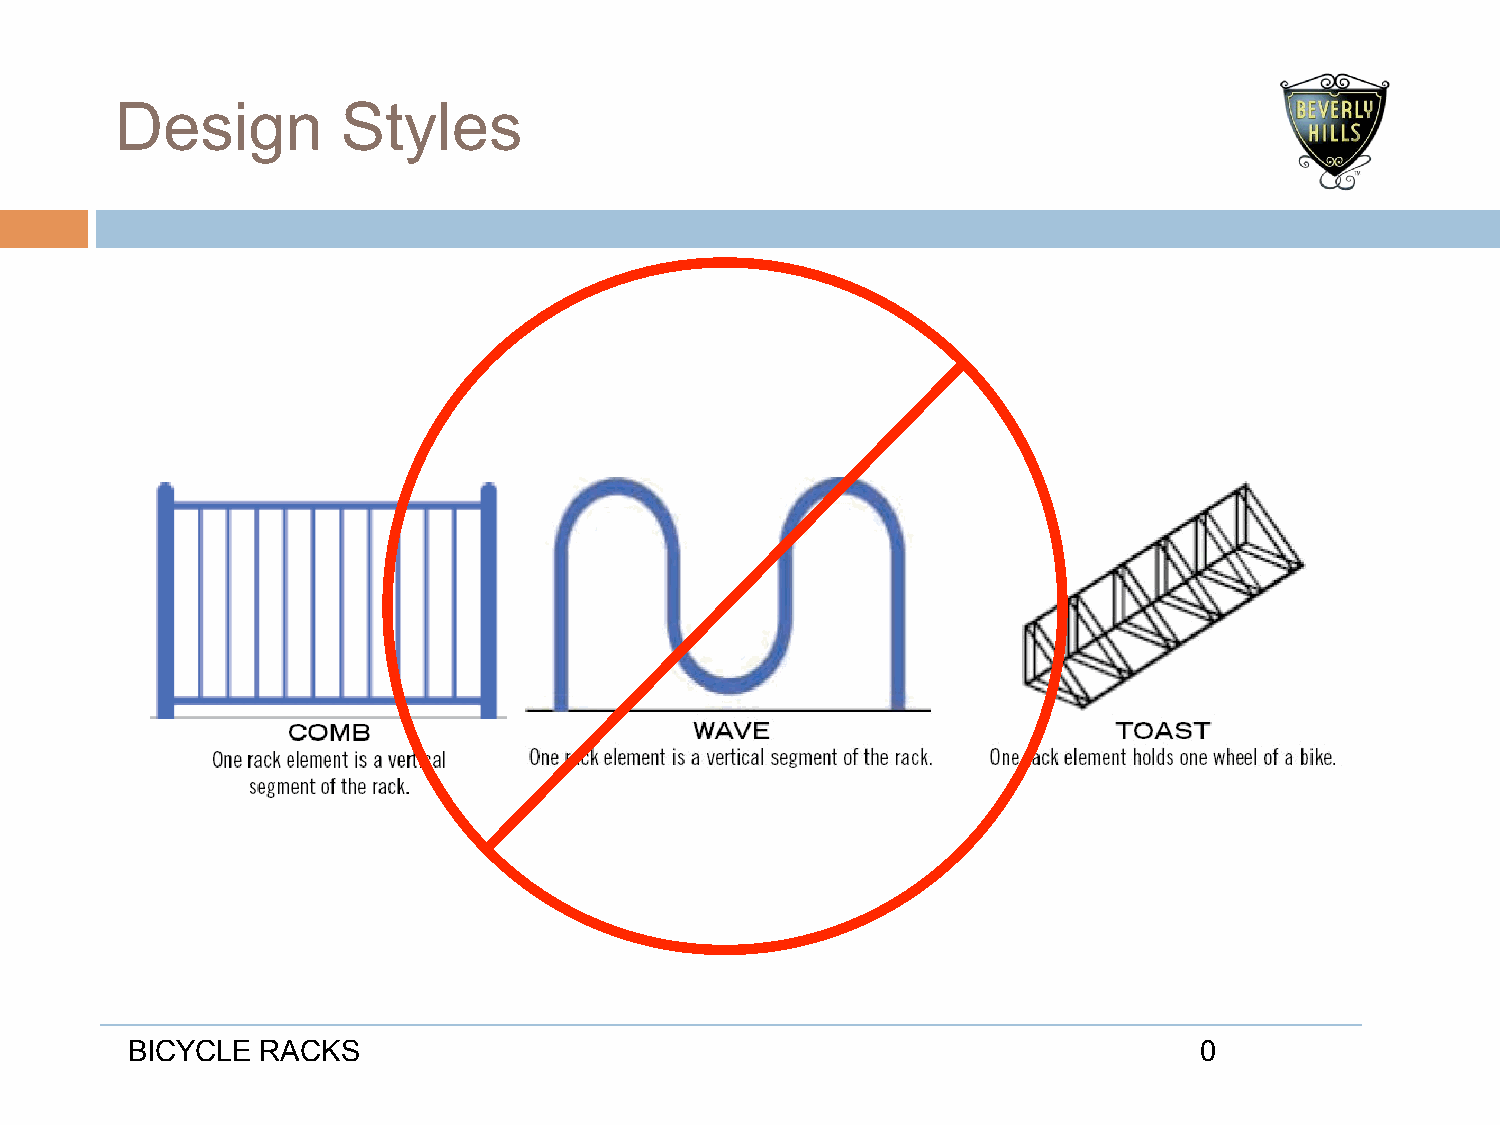
Design         Styles
 BICYCLE  RACKS                                                         0